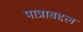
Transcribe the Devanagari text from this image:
पात्राबद्दल